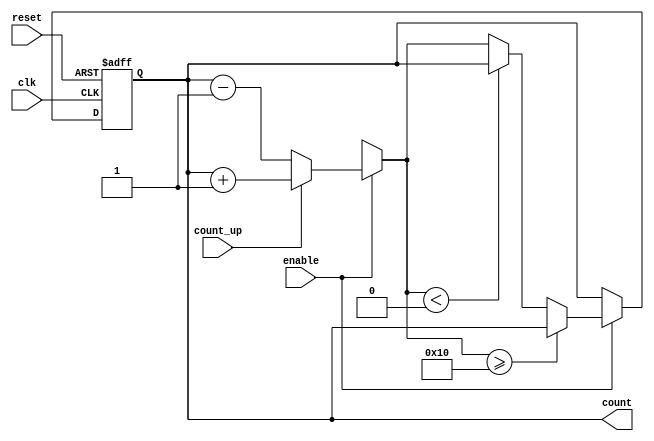
module Gray_Code_Counter (
    input wire clk,          // clock input
    input wire reset,        // synchronous reset input
    input wire count_up,     // control signal for counting up or down
    input wire enable,       // enable signal for the counter
    output reg [n-1:0] count // output count value
);

parameter n = 4;  // number of bits in the counter

reg [n-1:0] gray_code;
reg [n-1:0] next_gray_code;

always @(posedge clk or posedge reset) begin
    if (reset) begin
        gray_code <= 0;
    end else if (enable) begin
        if (count_up) begin
            next_gray_code = gray_code + 1;
        end else begin
            next_gray_code = gray_code - 1;
        end
        
        if (next_gray_code >= 2**n) begin
            next_gray_code <= 0; // overflow
        end else if (next_gray_code < 0) begin
            next_gray_code <= 2**n - 1; // underflow
        end else begin
            gray_code <= next_gray_code;
        end
    end
end

assign count = gray_code;

endmodule